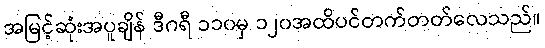
အမြင့်ဆုံးအပူချိန် ဒီဂရီ ၁၁၀မှ ၁၂၀အထိပင်တက်တတ်လေသည်။